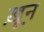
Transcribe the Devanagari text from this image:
ख़़ून